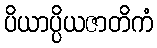
ပိယာပ္ပိယဇာတိကံ